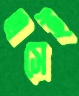
এসেই